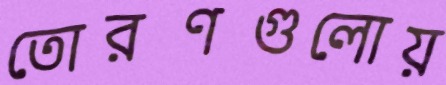
তোরণগুলোয়